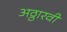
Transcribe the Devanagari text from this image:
अठ्ठारवीं